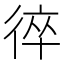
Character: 𢔙